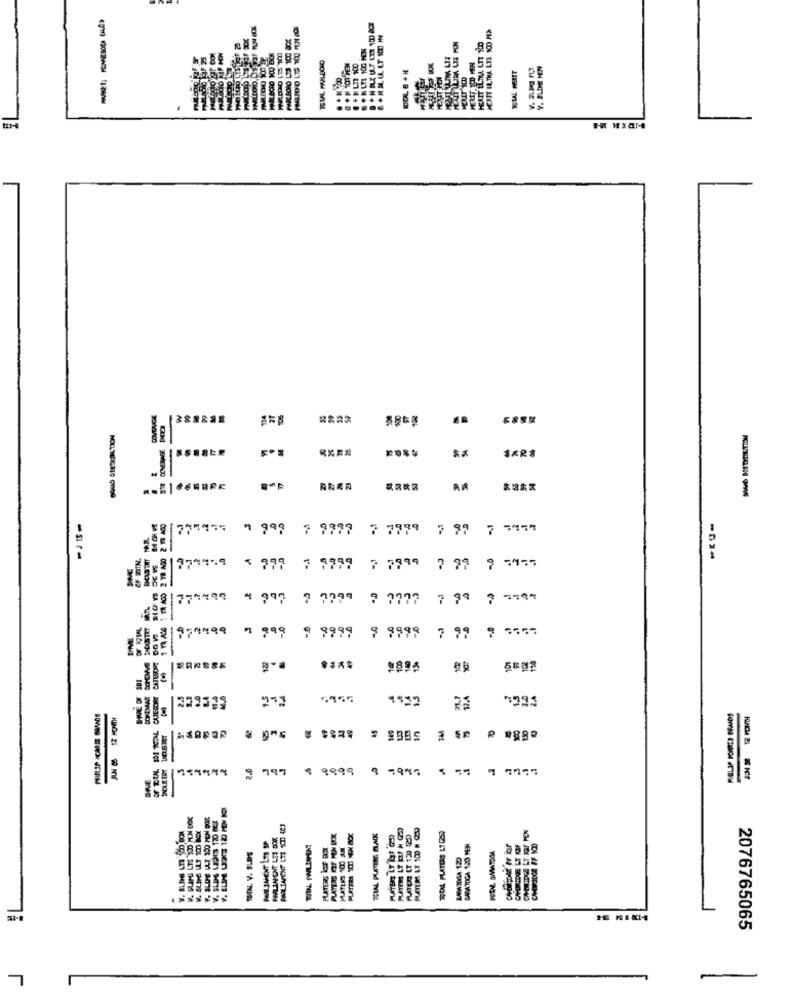
HEUIT LETRA LIS 200 MES
55
55
COMOVICA
** R$
" 999
7 7999 7 99 7 5454
CF TOTN.
-
074459 $ 999 7 9999 7 7999 7 99 9 5455
-
85
CATEGORY DO VS
1 YR ACO
DNE
-
5
9 999 , 9999
9 9999
122
OF REAL POI TEFAL CATE CONT
41.4
12.4
JUN 65 12 MONTH
-
2.0
-
797 ⑆ 9999 9 7987 4 55 9 7777
SLOPE ULT 100 MEN SE
1203 170
PLAYERS LT REF N CED
PLAYERS LT 100 H QU
FARLIAFONT LTS DOR
PLAYERS 100 HEN BOX
TOIAL PLATINE BLACK
PLAYERS LT F (S)
PLATEE LT 120 20
FLATERS KOFF BOX
MATHIS 100 SH
SARATOGA 120 MEN
TIN. V. SLDS
LOWTOGA 120
2076765065
L
-